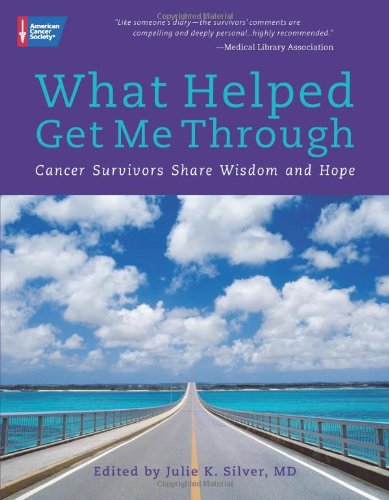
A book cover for What Helped Get Me Through: Cancer Survivors Share Wisdom and Hope; Julie K. Silver; Health, Fitness & Dieting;